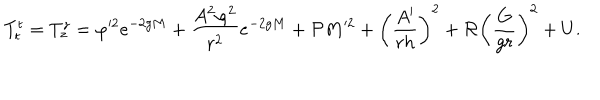
LaTeX: T _ { t } ^ { t } = T _ { z } ^ { z } = \varphi ^ { 2 } e ^ { - 2 g M } + \frac { A ^ { 2 } \varphi ^ { 2 } } { r ^ { 2 } } e ^ { - 2 g M } + { \cal P } M ^ { 2 } + \left( \frac { A ^ { \prime } } { r h } \right) ^ { 2 } + { \cal R } \left( \frac { G } { g r } \right) ^ { 2 } + U .